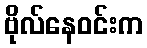
ဗိုလ်နေဝင်းက